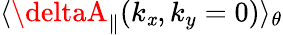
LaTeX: \langle\deltaA_{\parallel}(k_{\mathit{x}},k_{y}=0)\rangle_{\theta}